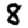
Digit: 8